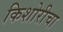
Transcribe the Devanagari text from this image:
किशोरीचा